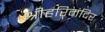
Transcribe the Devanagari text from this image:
श्रीहरिमंदिर